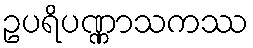
ဥပရိပဏ္ဏာသကဿ